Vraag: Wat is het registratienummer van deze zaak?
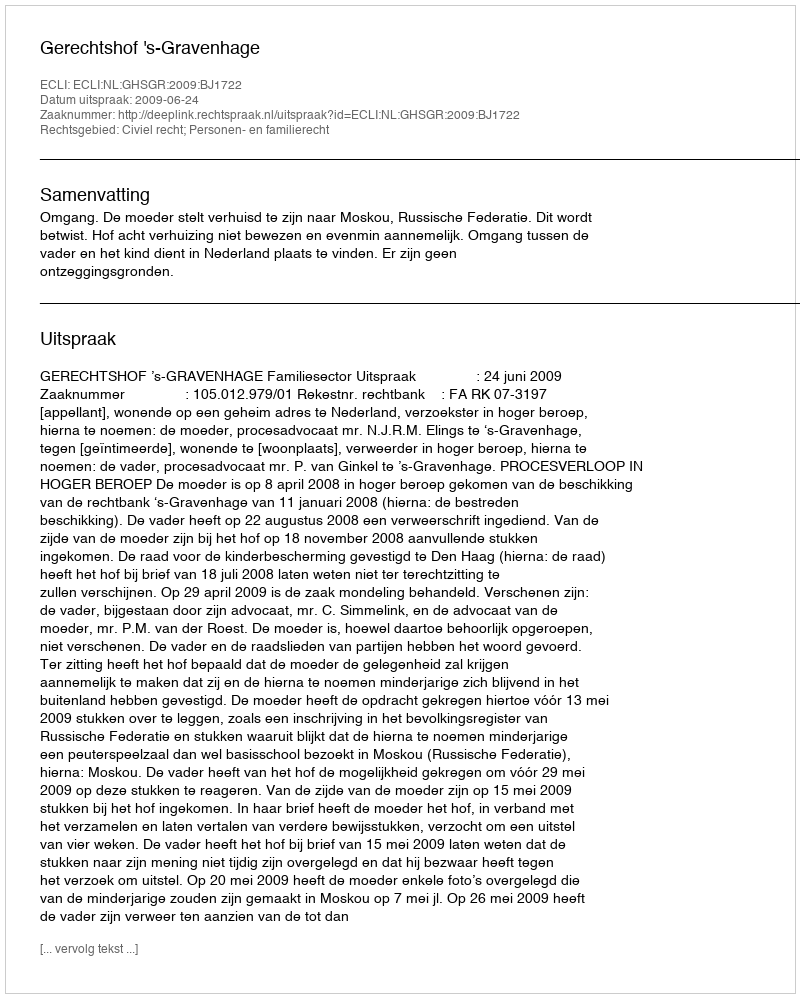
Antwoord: http://deeplink.rechtspraak.nl/uitspraak?id=ECLI:NL:GHSGR:2009:BJ1722